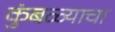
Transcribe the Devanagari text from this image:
कुंबळ्याचा